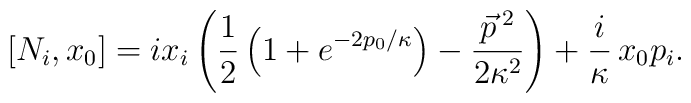
[N_i, x_0] =  i x_i \left(\frac12 \left(1+e^{-2p_0/\kappa}\right) -\frac{\vec{p}\,{}^2}{2\kappa^2}\right) + \frac{i}\kappa\,x_0 p_i.